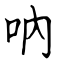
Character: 吶